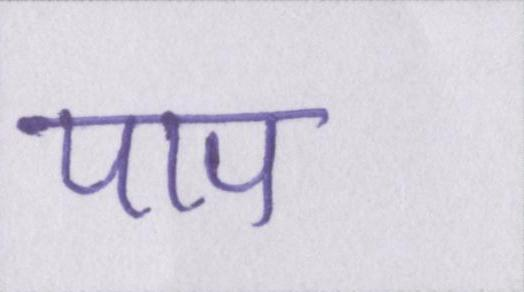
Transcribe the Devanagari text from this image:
पाप